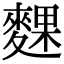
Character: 䴹